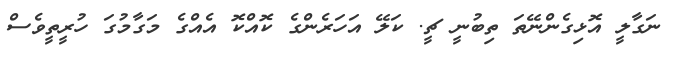
ނަގާލީ އޮޅިގެންނޭތަ ތިބުނީ ޗީ. ކަލޭ އަހަރެންގެ ކޮއްކޮ އެއްގެ މަގާމުގަ ހުރީތީވެސް